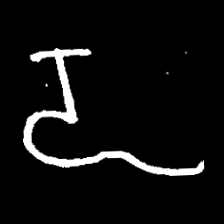
Pyu character \u2014 Myanmar letter: ဍ (romanized: dda)